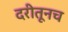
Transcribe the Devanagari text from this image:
दरीतूनच